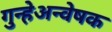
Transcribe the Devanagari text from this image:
गुन्हेअन्वेषक